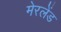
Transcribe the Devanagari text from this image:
मेरलेंड